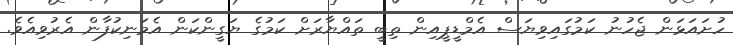
ހުށައަޅަން ޖެހުނު ކަމުގައިވިޔަސް އެމްޑީޕީއިން ތިބީ ތައްޔާރަށް ކަމުގެ ޔަގީންކަން އެމަނިކުފާން އެރުވިއެވެ.